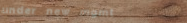
under new mgmt